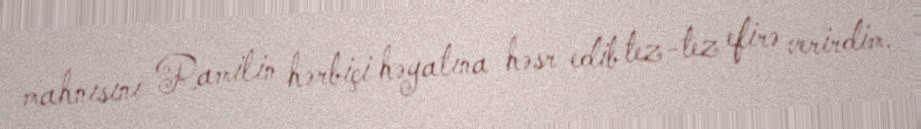
mahnısını Ramilin hərbiçi həyatına həsr edib tez-tez efirə verirdim.